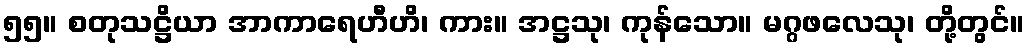
၅၅။ စတုသဋ္ဌိယာ အာကာရေဟီဟိ၊ ကား။ အဋ္ဌသု၊ ကုန်သော။ မဂ္ဂဖလေသု၊ တို့တွင်။